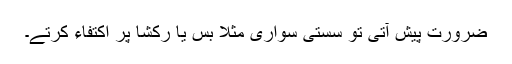
ضرورت پیش آتی تو سستی سواری مثلاً بس یا رکشا پر اکتفاء کرتے۔